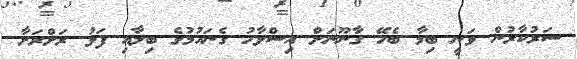
ސަރުކާރުން ވަނީ ބިމާ ބެހޭ ގާނޫނަށް އިސްލާހު ގެނައުމުގެ ބިލާއި ފަޅު ރަށްރަށާ